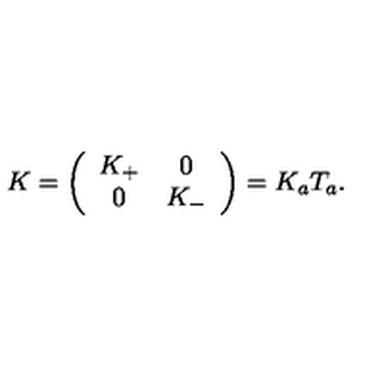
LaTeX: K = \left( \begin{array} { c c } { K _ { + } } & { 0 } \\ { 0 } & { K _ { - } } \\ \end{array} \right) = K _ { a } T _ { a } .